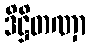
ဒိဋ္ဌိတဏှာ